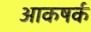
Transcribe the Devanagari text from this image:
आकषर्क